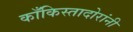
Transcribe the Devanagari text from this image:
काँकिस्तादोरांनी